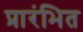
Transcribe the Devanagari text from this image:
प्रारंभित